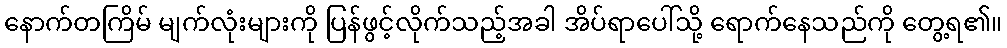
နောက်တကြိမ် မျက်လုံးများကို ပြန်ဖွင့်လိုက်သည့်အခါ အိပ်ရာပေါ်သို့ ရောက်နေသည်ကို တွေ့ရ၏။